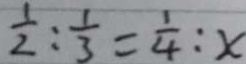
\frac { 1 } { 2 } : \frac { 1 } { 3 } = \frac { 1 } { 4 } : x